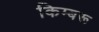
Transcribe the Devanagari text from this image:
किम्बरू